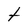
Character: t